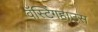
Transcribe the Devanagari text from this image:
वॅस्टिंगहाउस